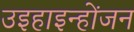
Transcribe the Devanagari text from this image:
उइहाइन्होंजन